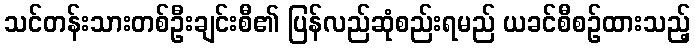
သင်တန်းသားတစ်ဦးချင်းစီ၏ ပြန်လည်ဆုံစည်းရမည် ယခင်စီစဉ်ထားသည့်